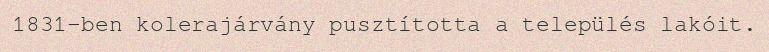
1831-ben kolerajárvány pusztította a település lakóit.